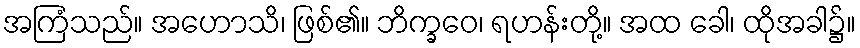
အကြံသည်။ အဟောသိ၊ ဖြစ်၏။ ဘိက္ခဝေ၊ ရဟန်းတို့။ အထ ခေါ၊ ထိုအခါ၌။